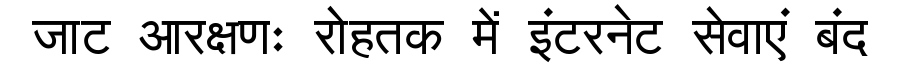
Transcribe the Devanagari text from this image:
जाट आरक्षणः रोहतक में इंटरनेट सेवाएं बंद